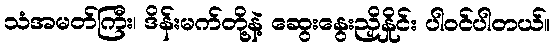
သံအမတ်ကြီး၊ ဒိန်းမက်တို့နဲ့ ဆွေးနွေးညှိနှိုင်း ပါဝင်ပါတယ်။